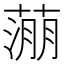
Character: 𬞉